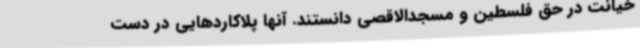
خیانت در حق فلسطین و مسجدالاقصی دانستند. آنها پلاکاردهایی در دست